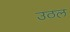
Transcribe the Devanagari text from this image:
उठल